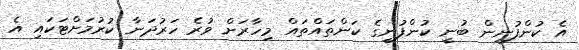
އެ ކުންފުނިން ބުނީ ކުންފުނީގެ ކަންތައްތައް މިހާރަށް ވުރެ ހަރުދަނާ ކުރުމަށްޓަކައި އެ